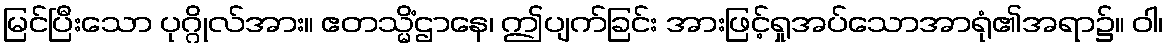
မြင်ပြီးသော ပုဂ္ဂိုလ်အား။ ဧတသ္မိံဌာနေ၊ ဤပျက်ခြင်း အားဖြင့်ရှုအပ်သောအာရုံ၏အရာ၌။ ဝါ၊